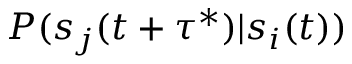
P ( s _ { j } ( t + \tau ^ { * } ) | s _ { i } ( t ) )